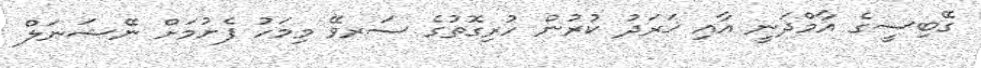
ގޭބިސީގެ އާމްދަނީ އާއި ޚަރަދު ކުރުން ހުރިގޮތުގެ ސަރވޭ މިމަހު ފެށުމަށް ނޭޝަނަލް